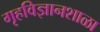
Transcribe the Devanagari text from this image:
गृहविज्ञानशाळा